Report on vaccination North-West Frontier Province 1904-1922 - 1904-1922
Year: 1904
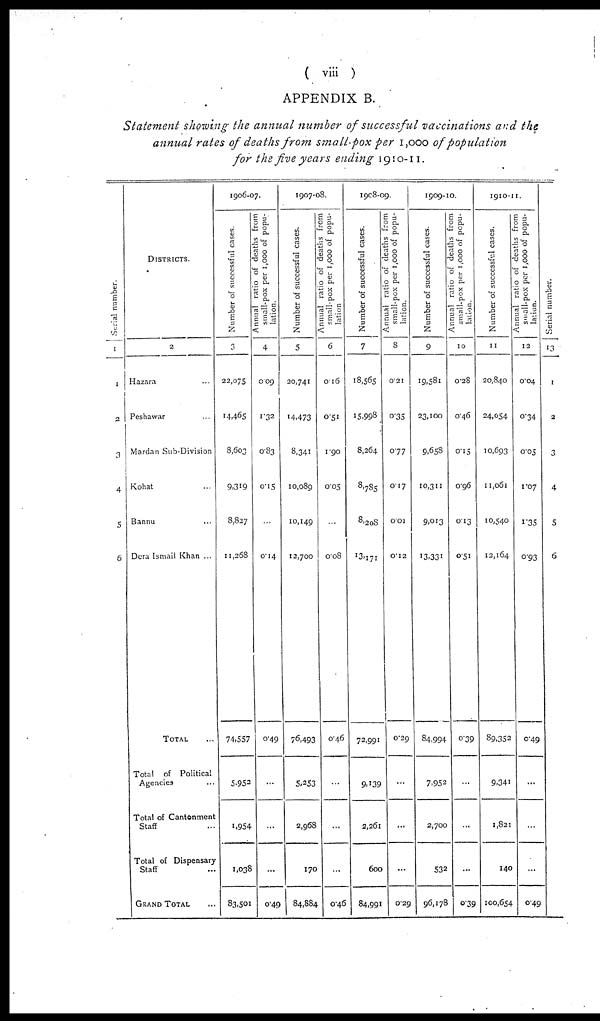
( viii )
APPENDIX B.
Statement showing the annual number of successful vaccinations and the
annual rates of deaths from small-pox per 1,000 of population
for the five years ending 1910-11.
Serial number.
1
1
2
3
4
5
6
DISTRICTS.
2
Hazara ...
Peshawar ...
Mardan Sub-Division
Kohat ...
Bannu ...
Dera Ismail Khan ...
TOTAL ...
Total of Political
Agencies ...
Total of Cantonment
Staff ...
Total of Dispensary
Staff ...
GRAND TOTAL ...
1906-07.
Number of successful cases.
3
22,075
14,465
8,603
9,319
8,827
11,268
74,557
5,952
1,954
1,038
83,501
Annual ratio of deaths from
small-pox per 1,000 of popu-
lation.
4
0.09
1.32
0.83
0.15
...
0.14
0.49
...
...
...
0.49
1907-08.
Number of successful cases.
5
20,741
14,473
8,341
10,089
10,149
12,700
76,493
5,253
2,968
170
84,884
Annual ratio of deaths from
small-pox per 1,000 of popu-
lation
6
0.16
0.51
1.90
0.05
...
0.08
0.46
...
...
...
0.46
1908-09.
Number of successful cases.
7
18,565
15,998
8,264
8,785
8,208
13,171
72,991
9,139
2,261
600
84,991
Annual ratio of deaths from
small-pox per 1,000 of popu-
lation.
8
0.21
0.35
0.77
0.17
0.01
0.12
0.29
...
...
...
0.29
1909-10.
Number of successful cases.
9
19,581
23,100
9,658
10,311
9,013
13,331
84,994
7,952
2,700
532
96,178
Annual ratio of deaths from
small-pox per 1,000 of popu-
lation.
10
0.28
0.46
0.15
0.96
0.13
0.51
0.39
...
...
...
0.39
1910-11.
Number of successful cases.
11
20,840
24,054
10,693
11,061
10,540
12,164
89,352
9,341
1,821
140
100,654
Annual ratio of deaths from
small-pox per 1,000 of popu-
lation.
12
0.04
0.34
0.05
1.07
1.35
0.93
0.49
...
...
...
0.49
Serial number.
13
1
2
3
4
5
6